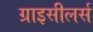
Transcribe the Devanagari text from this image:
ग्राइसीलर्स